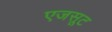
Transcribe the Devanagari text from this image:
एजसूट